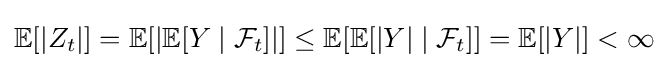
\mathbb {E} [|Z_{t}|]=\mathbb {E} [|\mathbb {E} [Y\mid {\mathcal {F}}_{t}]|]\leq \mathbb {E} [\mathbb {E} [|Y|\mid {\mathcal {F}}_{t}]]=\mathbb {E} [|Y|]<\infty